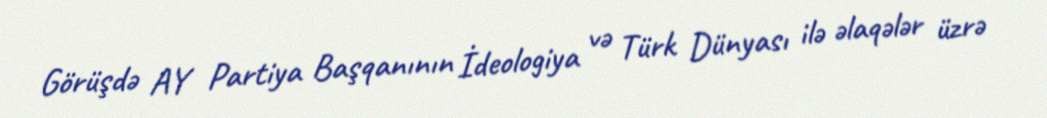
Görüşdə AY Partiya Başqanının İdeologiya və Türk Dünyası ilə əlaqələr üzrə